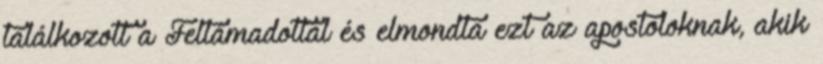
találkozott a Feltámadottal és elmondta ezt az apostoloknak, akik